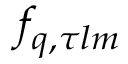
f _ { q , \tau l m }